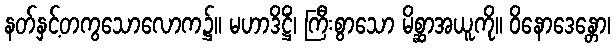
နတ်နှင့်တကွသောလောက၌။ မဟာဒိဋ္ဌိံ၊ ကြီးစွာသော မိစ္ဆာအယူကို။ ဝိနောဒေန္တော၊